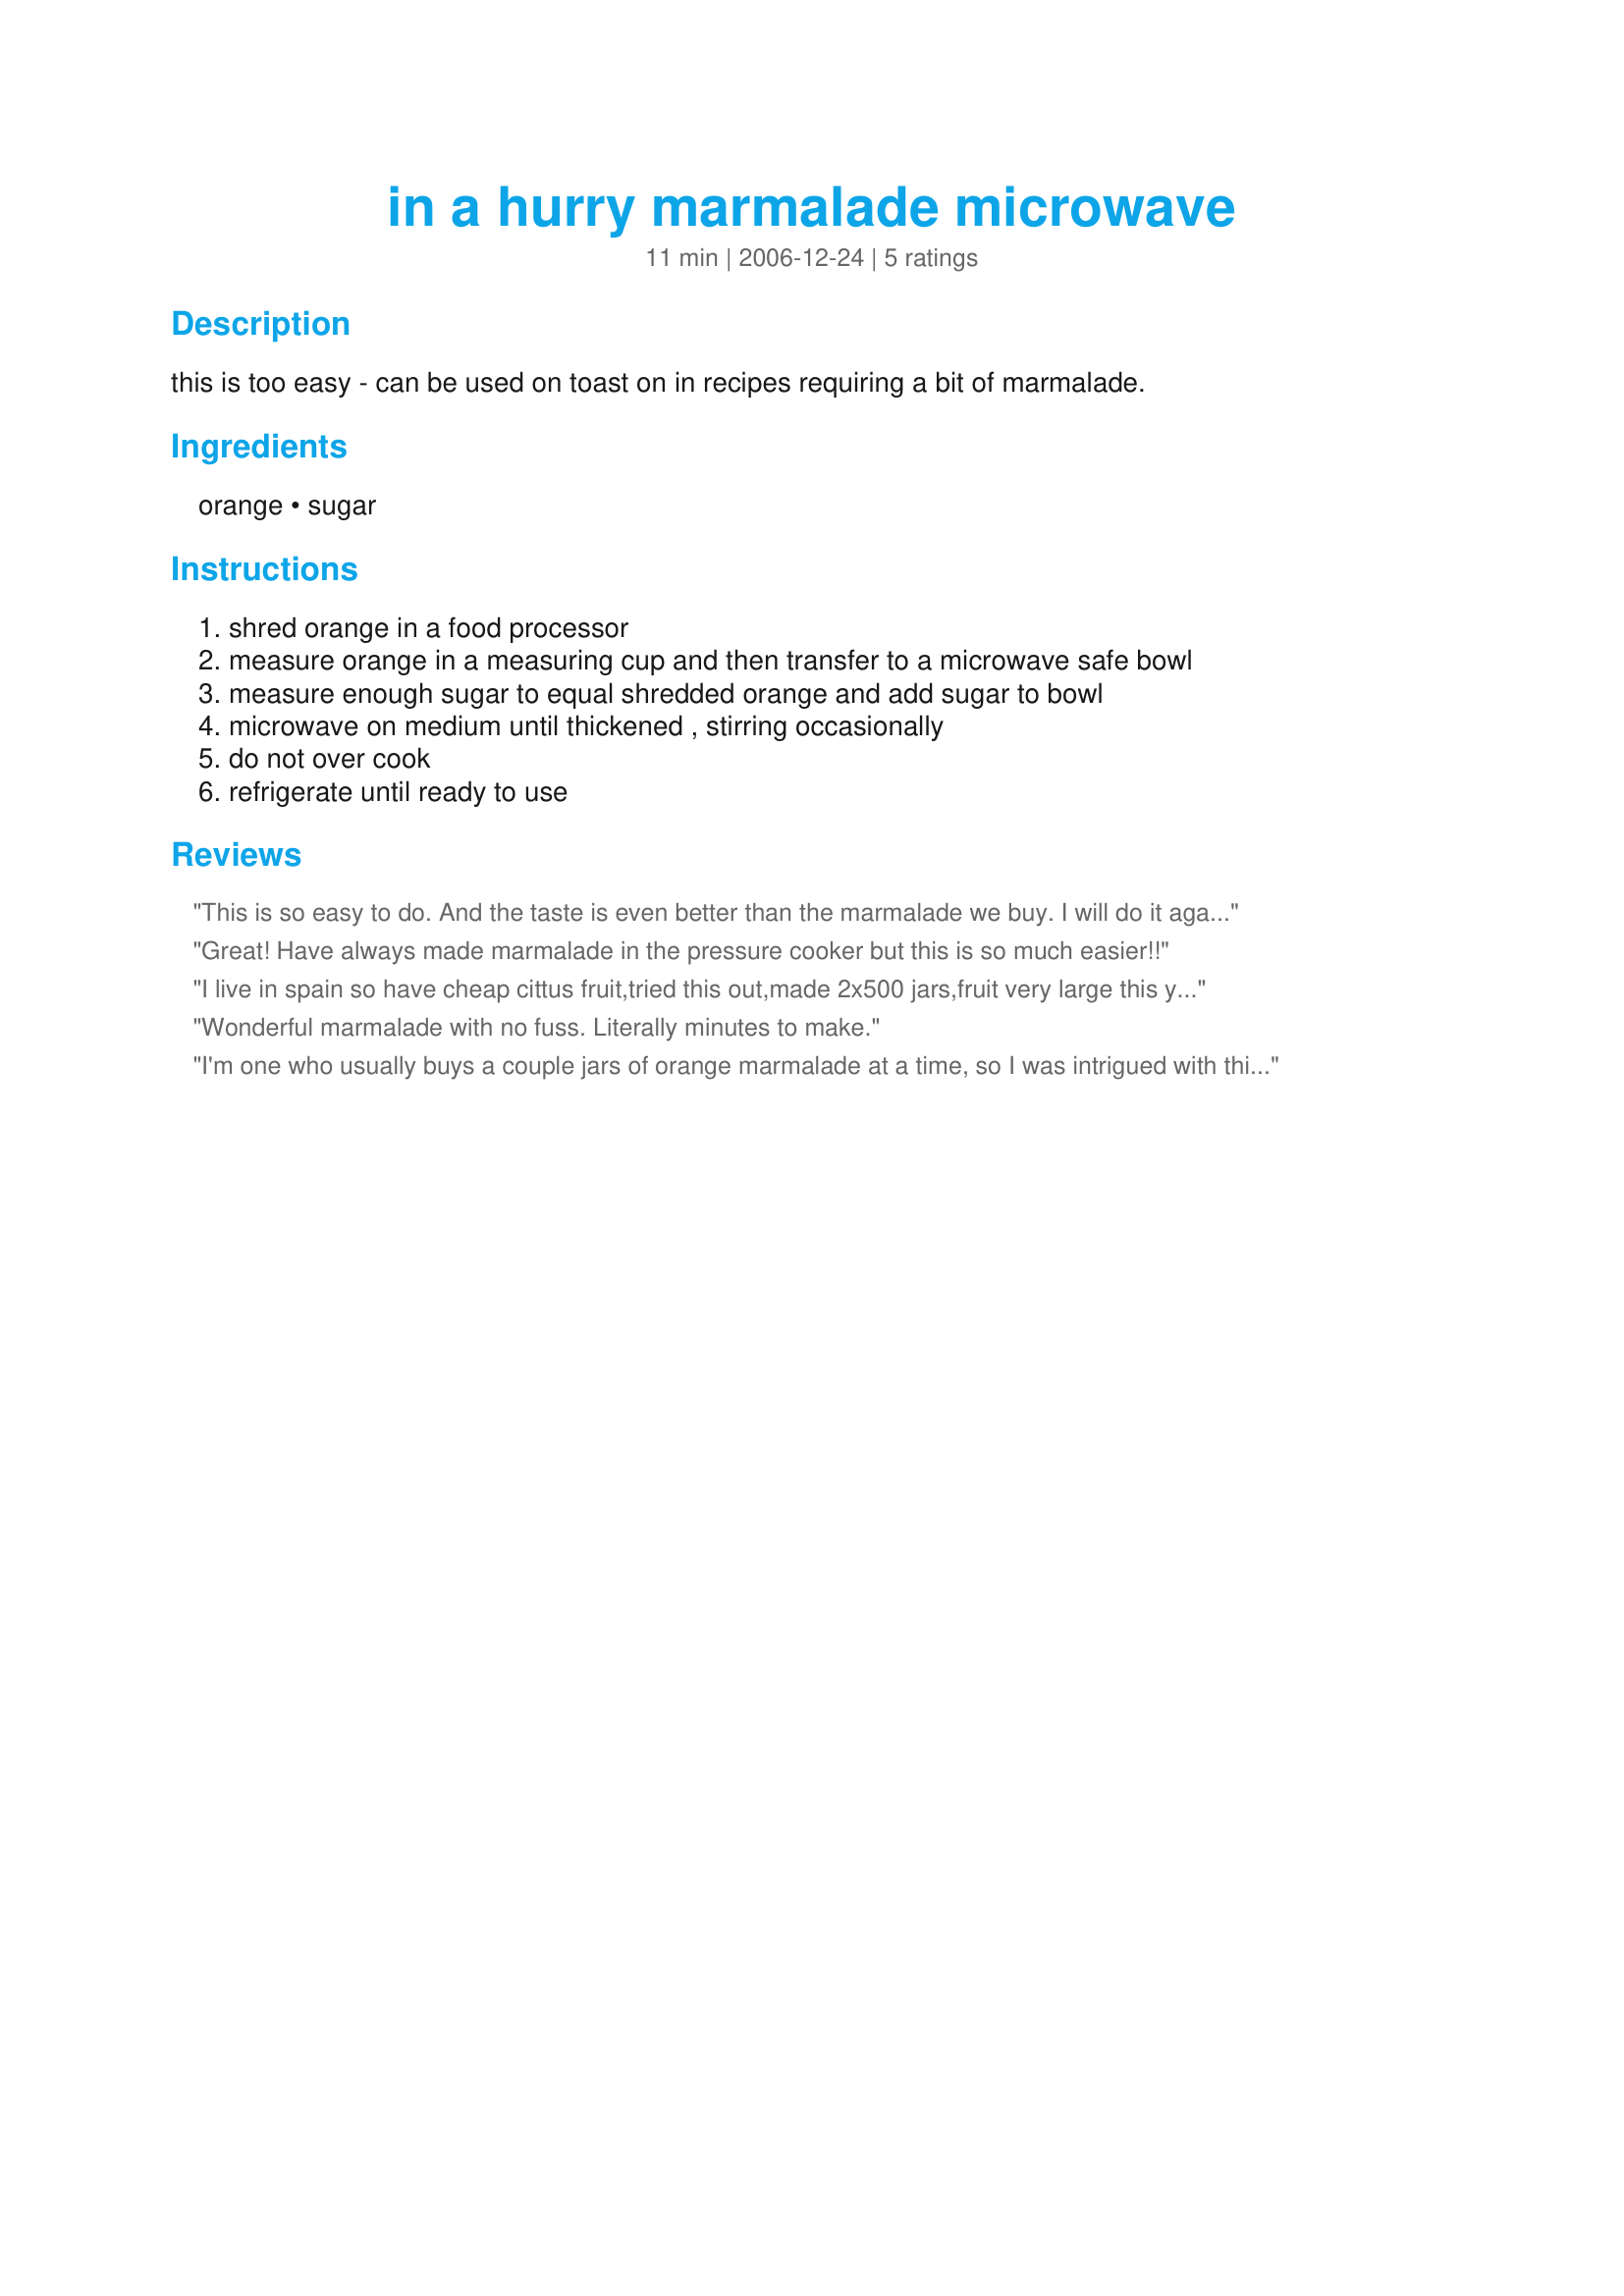
in a hurry marmalade microwave
Preparation time: 11 minutes

this is too easy - can be used on toast on in recipes requiring a bit of marmalade.

Ingredients:
orange, sugar

Steps:
shred orange in a food processor, measure orange in a measuring cup and then transfer to a microwave safe bowl, measure enough sugar to equal shredded orange and add sugar to bowl, microwave on medium until thickened , stirring occasionally, do not over cook, refrigerate until ready to use

Reviews:
This is so easy to do. And the taste is even better than the marmalade we buy. I will do it again and may try it with splenda or half sugar half splenda. Thanks ellie :) Made for cookbook tag game
Great! Have always made marmalade in the pressure cooker but this is so much easier!!
I live in spain so have cheap cittus fruit,tried this out,made 2x500 jars,fruit very large this year,lots of rain ,thanks x
Wonderful marmalade with no fuss. Literally minutes to make.
I'm one who usually buys a couple jars of orange marmalade at a time, so I was intrigued with this recipe! Needless to say it's easy-to-make [& would be even easier if I had a food processor!],even though I chopped up the orange & sent about half of it through a blender. I'm really pleased with the results, Ellie! Many thanks!
